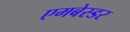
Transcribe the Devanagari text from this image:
एमबेस्डर